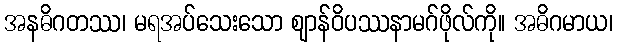
အနဓိဂတဿ၊ မရအပ်သေးသော ဈာန်ဝိပဿနာမဂ်ဖိုလ်ကို။ အဓိဂမာယ၊